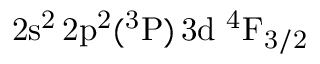
\mathrm { 2 s ^ { 2 } \, 2 p ^ { 2 } ( ^ { 3 } P ) \, 3 d ~ ^ { 4 } F _ { 3 / 2 } }